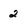
Character: 2